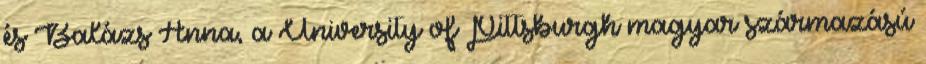
és Balázs Anna, a University of Pittsburgh magyar származású